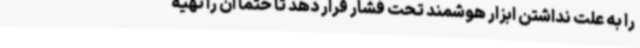
را به علت نداشتن ابزار هوشمند تحت فشار قرار دهد تا حتما آن را تهیه